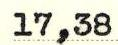
17,38